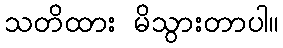
သတိထား မိသွားတာပါ။